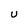
Character: u